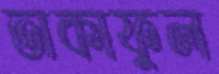
তাকাফুল